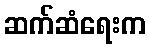
ဆက်ဆံရေးက